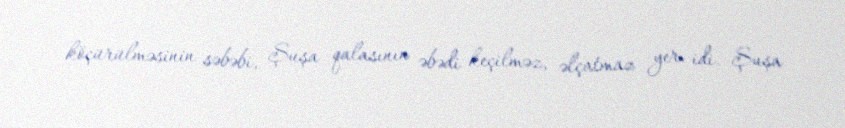
köçürülməsinin səbəbi, Şuşa qalasının əbədi keçilməz, əlçatmaz yer idi. Şuşa